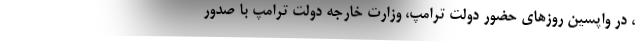
، در واپسین روزهای حضور دولت ترامپ، وزارت خارجه دولت ترامپ با صدور